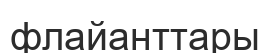
флайанттары